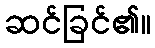
ဆင်ခြင်၏။